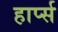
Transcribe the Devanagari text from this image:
हार्प्स